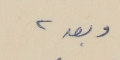
وبعد ،